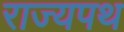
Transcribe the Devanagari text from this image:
राज्यपथ